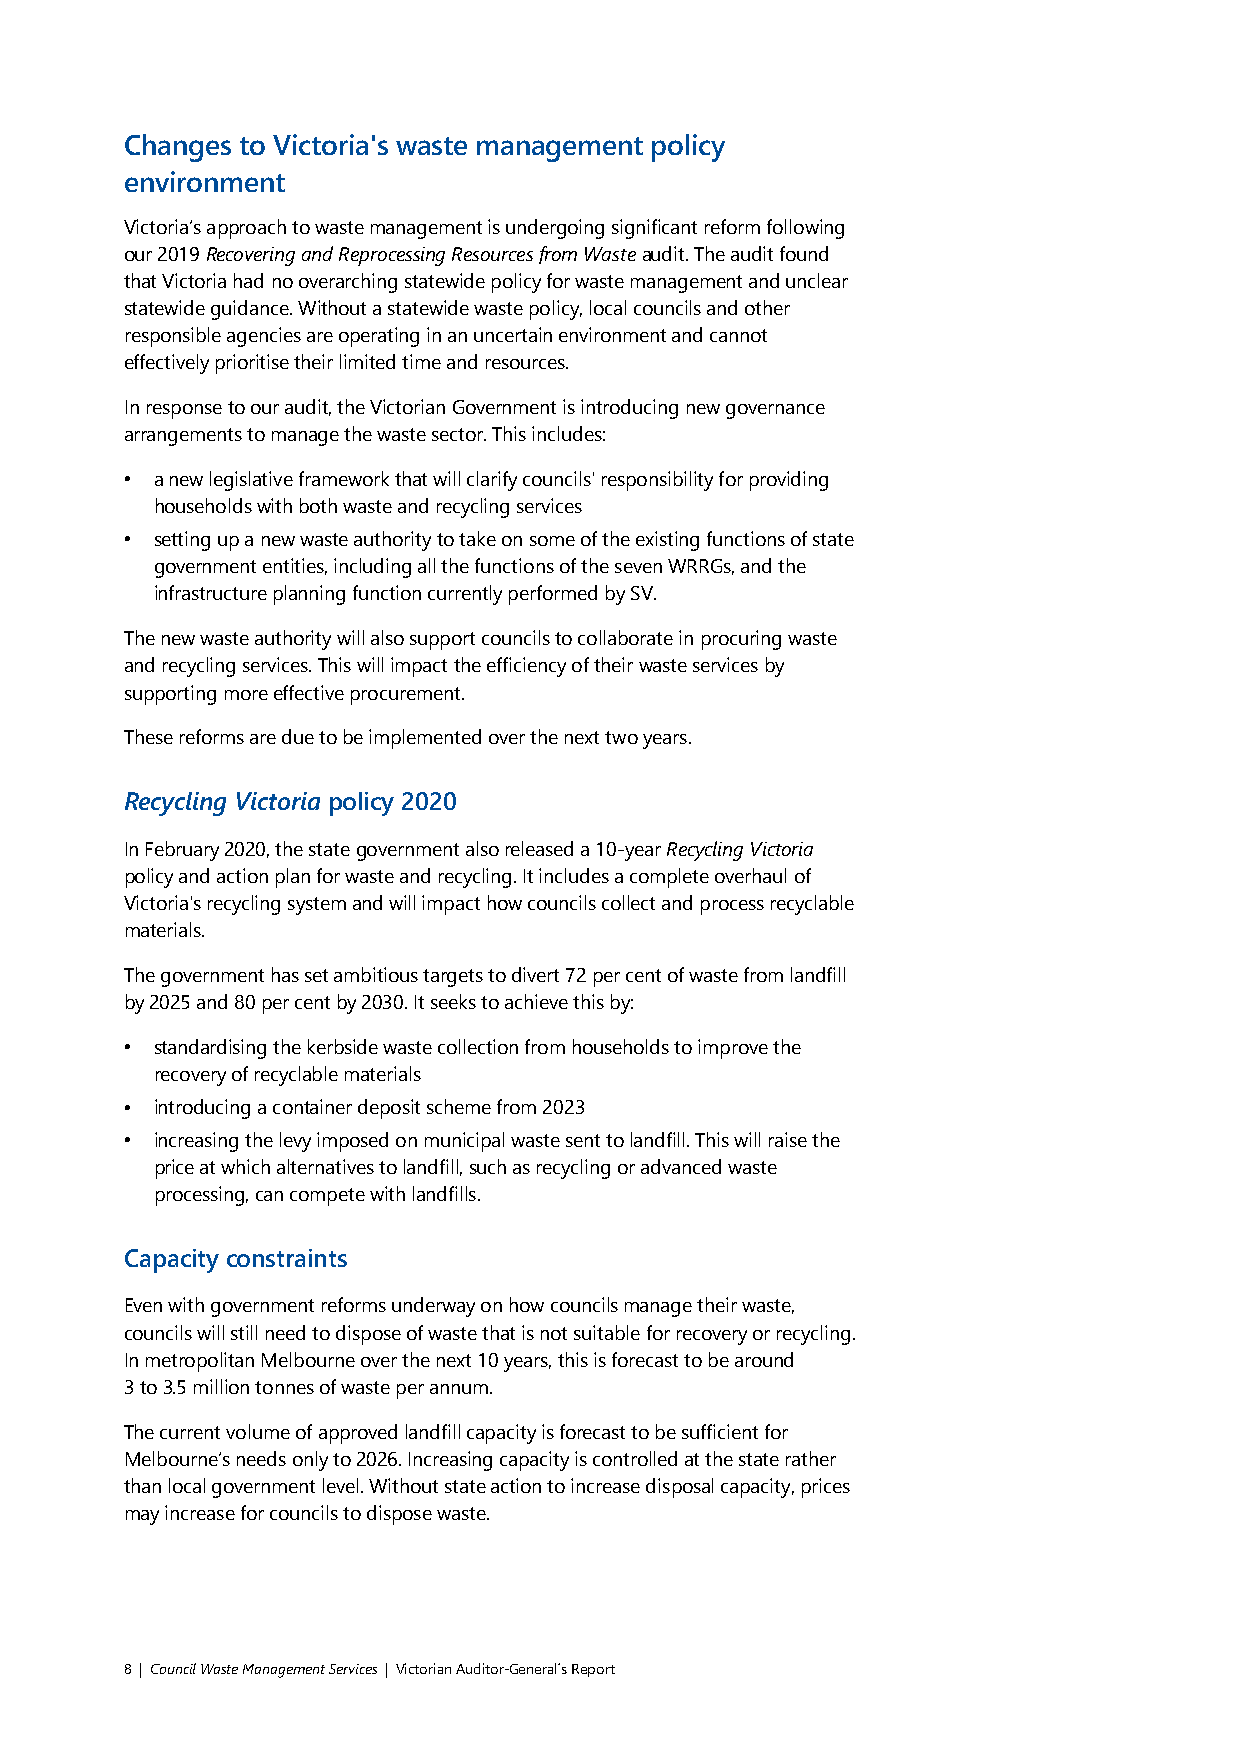
Changes to Victoria's waste management policy
 environment
 Victoria’s approach to waste management is undergoing significant reform following
 our 2019 Recovering and Reprocessing Resources from Waste audit. The audit found
 that Victoria had no overarching statewide policy for waste management and unclear
 statewide guidance. Without a statewide waste policy, local councils and other
 responsible agencies are operating in an uncertain environment and cannot
 effectively prioritise their limited time and resources.
 In response to our audit, the Victorian Government is introducing new governance
 arrangements to manage the waste sector. This includes:
 • a new legislative framework that will clarify councils' responsibility for providing
 households with both waste and recycling services
 • setting up a new waste authority to take on some of the existing functions of state
 government entities, including all the functions of the seven WRRGs, and the
 infrastructure planning function currently performed by SV.
 The new waste authority will also support councils to collaborate in procuring waste
 and recycling services. This will impact the efficiency of their waste services by
 supporting more effective procurement.
 These reforms are due to be implemented over the next two years.
 Recycling Victoria policy 2020
 In February 2020, the state government also released a 10-year Recycling Victoria
 policy and action plan for waste and recycling. It includes a complete overhaul of
 Victoria's recycling system and will impact how councils collect and process recyclable
 materials.
 The government has set ambitious targets to divert 72 per cent of waste from landfill
 by 2025 and 80 per cent by 2030. It seeks to achieve this by:
 • standardising the kerbside waste collection from households to improve the
 recovery of recyclable materials
 • introducing a container deposit scheme from 2023
 • increasing the levy imposed on municipal waste sent to landfill. This will raise the
 price at which alternatives to landfill, such as recycling or advanced waste
 processing, can compete with landfills.
 Capacity constraints
 Even with government reforms underway on how councils manage their waste,
 councils will still need to dispose of waste that is not suitable for recovery or recycling.
 In metropolitan Melbourne over the next 10 years, this is forecast to be around
 3 to 3.5 million tonnes of waste per annum.
 The current volume of approved landfill capacity is forecast to be sufficient for
 Melbourne’s needs only to 2026. Increasing capacity is controlled at the state rather
 than local government level. Without state action to increase disposal capacity, prices
 may increase for councils to dispose waste.
 8 | Council Waste Management Services | Victorian Auditor-General´s Report